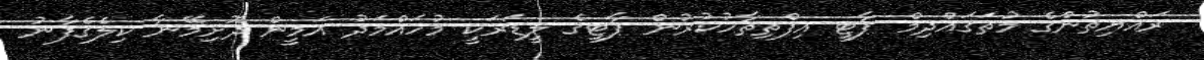
ރައްޔިތުންގެ މުތަގައްދިމް ޕާޓީ އިފްތިތާހުކުރުން ޕާޓީގެ ލީޑަރަކީ މުހައްމަދު އަމީން ދޮށިމޭނާ ކިލެގެފާނު